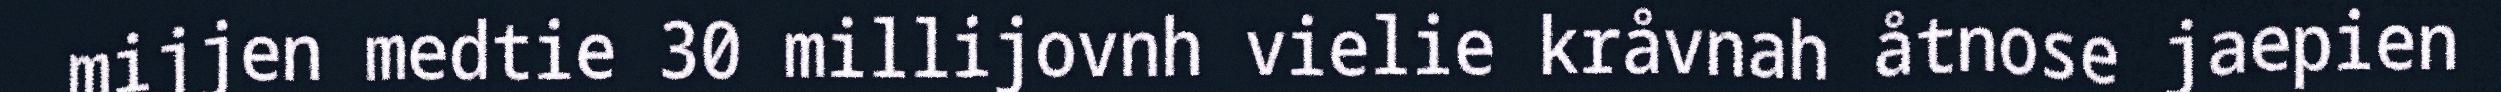
mijjen medtie 30 millijovnh vielie kråvnah åtnose jaepien